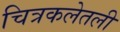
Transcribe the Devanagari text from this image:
चित्रकलेतली